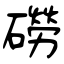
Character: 磱